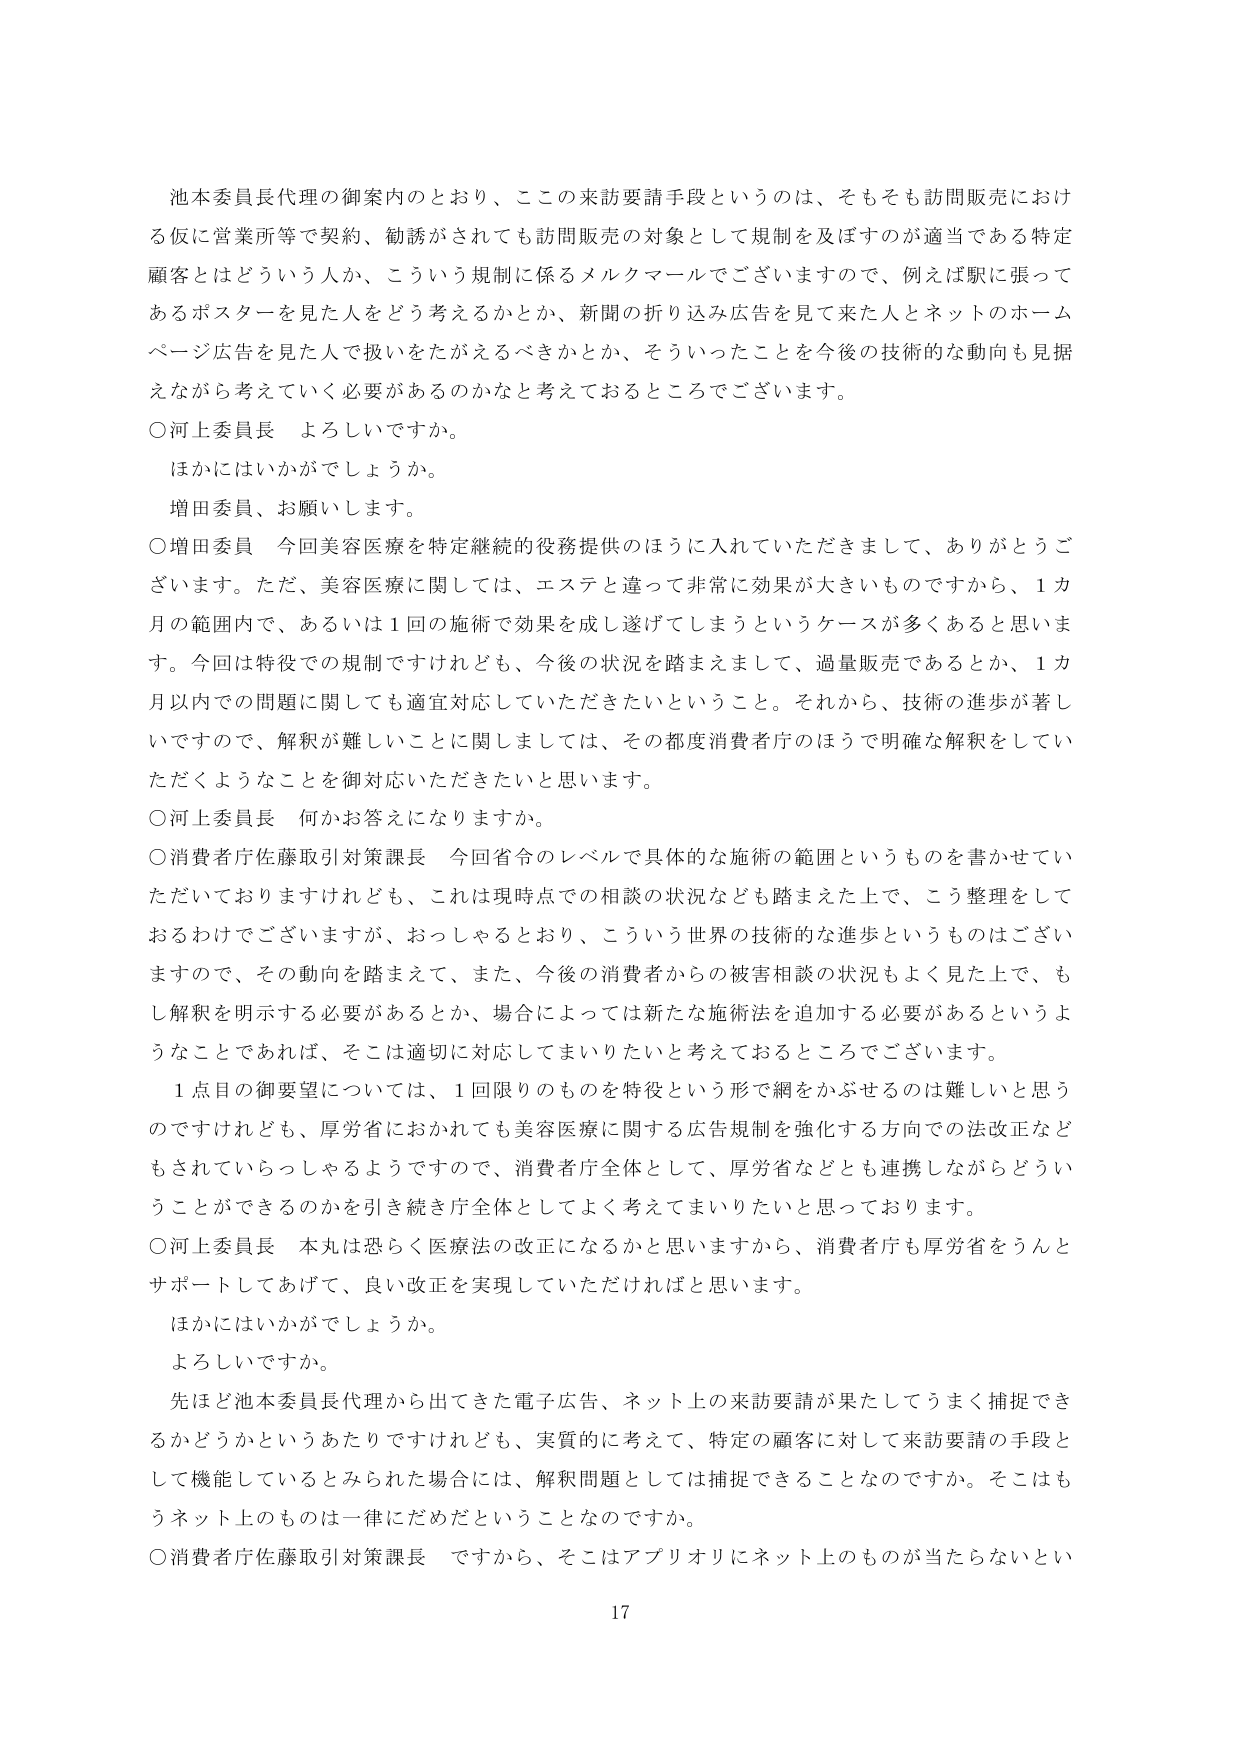
池本委員長代理の御案内のとおり、ここの来訪要請手段というのは、そもそも訪問販売における仮に営業所等で契約、勧誘がされても訪問販売の対象として規制を及ぼすのが適当である特定顧客とはどういう人か、こういう規制に係るメルクマールでございますので、例えば駅に張ってあるポスターを見た人をどう考えるかとか、新聞の折り込み広告を見て来た人とネットのホームページ広告を見た人で扱いをたがえるべきかとか、そういったことを今後の技術的な動向も見据えながら考えていく必要があるのかなと考えておるところでございます。

○河上委員長 よろしいですか。
ほかにはいかがでしょうか。
増田委員、お願いします。

○増田委員 今回美容医療を特定継続的役務提供のほうに入れていただきまして、ありがとうございます。ただ、美容医療に関しては、エステと違って非常に効果が大きいものですから、1カ月の範囲内で、あるいは1回の施術で効果を成し遂げてしまうというケースが多くあると思います。今回は特役での規制ですけれども、今後の状況を踏まえまして、過量販売であるとか、1カ月以内での問題に関しても適宜対応していただきたいということ。それから、技術の進歩が著しいですので、解釈が難しいことに関しましては、その都度消費者庁のほうで明確な解釈をしていただくようなことを御対応いただきたいと思います。

○河上委員長 何かお答えになりますか。

○消費者庁佐藤取引対策課長 今回省令のレベルで具体的な施術の範囲というものを書かせていただいておりますけれども、これは現時点での相談の状況なども踏まえた上で、こう整理をしておるわけでございますが、おっしゃるとおり、こういう世界の技術的な進歩というものはございますので、その動向を踏まえて、また、今後の消費者からの被害相談の状況もよく見た上で、もし解釈を明示する必要があるとか、場合によっては新たな施術法を追加する必要があるというようなことであれば、そこは適切に対応してまいりたいと考えておるところでございます。

1点目の御要望については、1回限りのものを特役という形で網をかぶせるのは難しいと思うのですけれども、厚労省におかれても美容医療に関する広告規制を強化する方向での法改正などもされていらっしゃるようですので、消費者庁全体として、厚労省などとも連携しながらどういうことができるのかを引き続き庁全体としてよく考えてまいりたいと思っております。

○河上委員長 本丸は恐らく医療法の改正になるかと思いますから、消費者庁も厚労省をうんとサポートしてあげて、良い改正を実現していただければと思います。
ほかにはいかがでしょうか。
よろしいですか。

先ほど池本委員長代理から出てきた電子広告、ネット上の来訪要請が果たしてうまく捕捉できるかどうかというあたりですけれども、実質的に考えて、特定の顧客に対して来訪要請の手段として機能しているとみられた場合には、解釈問題としては捕捉できることなのですか。そこはもうネット上のものは一律にだめだということなのですか。

○消費者庁佐藤取引対策課長 ですから、そこはアプリオリにネット上のものが当たらないとい

17